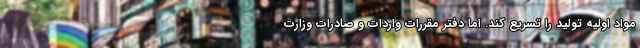
مواد اولیه تولید را تسریع کند. اما دفتر مقررات واردات و صادرات وزارت